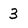
Character: 3